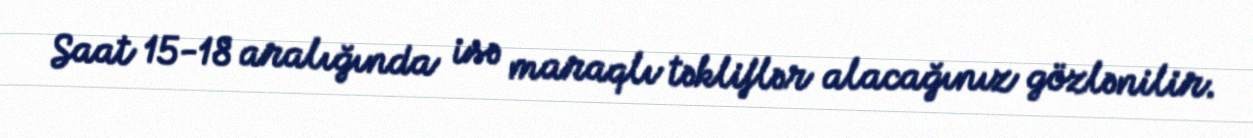
Saat 15-18 aralığında isə maraqlı təkliflər alacağınız gözlənilir.